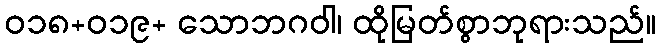
ဝ၁၈+၀၁၉+ သောဘဂဝါ၊ ထိုမြတ်စွာဘုရားသည်။